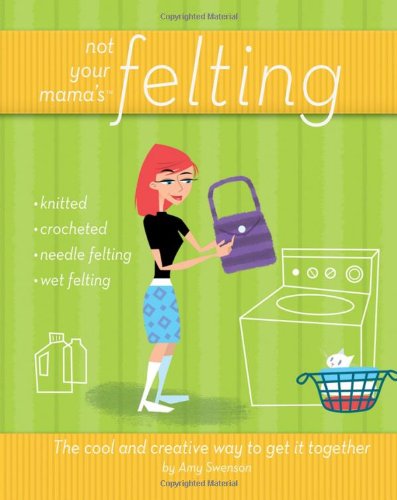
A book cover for Not Your Mama's Felting: The Cool and Creative Way to Get it Together; Amy Swenson; Crafts, Hobbies & Home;